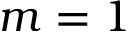
m = 1